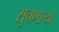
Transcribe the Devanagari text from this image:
सुचणार्‍या